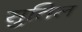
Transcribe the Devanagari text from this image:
सुतिल